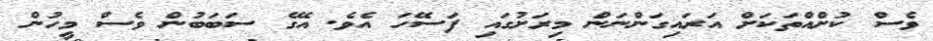
ވެސް ކުށްއްތަކަށް އަރައިގަންނަން މިރަށުގައި ފަސޭހަ އެވެ. އޭގެ ސަބަބުން ވެސް މީހުން